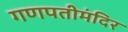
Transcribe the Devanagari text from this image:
गणपतीमंदिर